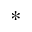
^ *